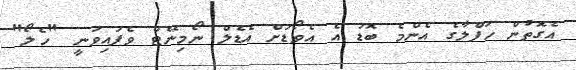
އެގޮތުން ހަފްލާގެ އެންމެ ބޮޑު އެ އެވޯޑަށް އެޑެލް ނޯމިނޭޓް ވެފައިވަނީ "ހެލޯ"